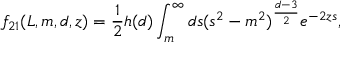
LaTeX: f _ { 2 1 } ( L , m , d , z ) = \frac { 1 } { 2 } h ( d ) \int _ { m } ^ { \infty } d s ( s ^ { 2 } - m ^ { 2 } ) ^ { \frac { d - 3 } { 2 } } e ^ { - 2 z s } , \qquad